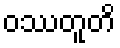
ဝဿတူတိ